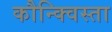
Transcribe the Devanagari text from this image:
कौन्क्विस्ता